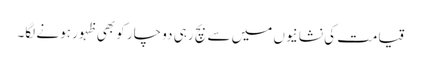
قیامت کی نشانیوں میں سے بچ رہی دو چار کو بھی ظہور ہونے لگا۔